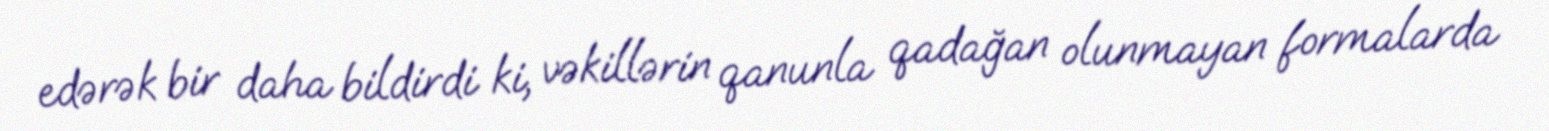
edərək bir daha bildirdi ki, vəkillərin qanunla qadağan olunmayan formalarda